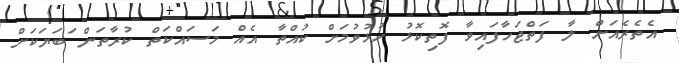
އެތެރެއަށް ލާ ފަތްޖަހާފައިވާ ފޮތިކޮޅު ހުޅުވުމަށް ކުއްތާ އެއް މަސައްކަތް ކުރާތަން ަބަޔަކަށް